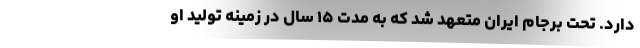
دارد. تحت برجام ایران متعهد شد که به مدت ۱۵ سال در زمینه تولید او